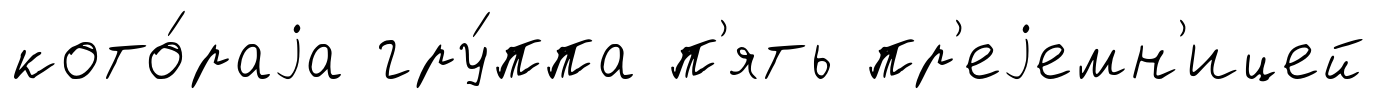
кото́раjа гру́ппа п'ять пр'еjемн'ицей